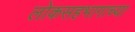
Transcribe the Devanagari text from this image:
लोकसहभागाच्या